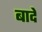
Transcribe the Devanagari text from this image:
बादे